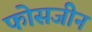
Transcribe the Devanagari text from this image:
फोसजीन